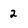
Character: 2